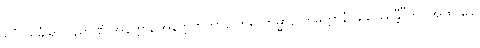
ရူပံ သင်္ခါရာ ဝိညာဏံ အနတ္တာ, အနတ္တကတာနိ ကိရ ကမ္မာနိ ကမတ္တာနံ ဖုသိဿန္တီ”တိ။ အထ ခေါ